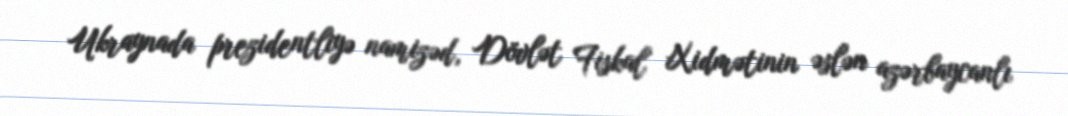
Ukraynada prezidentliyə namizəd, Dövlət Fiskal Xidmətinin əslən azərbaycanlı